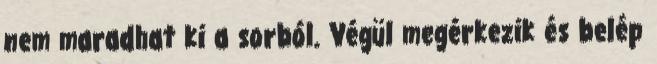
nem maradhat ki a sorból. Végül megérkezik és belép